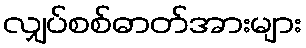
လျှပ်စစ်ဓာတ်အားများ